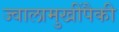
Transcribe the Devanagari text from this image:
ज्वालामुखींपैकी